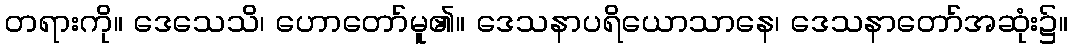
တရားကို။ ဒေသေသိ၊ ဟောတော်မူ၏။ ဒေသနာပရိယောသာနေ၊ ဒေသနာတော်အဆုံး၌။